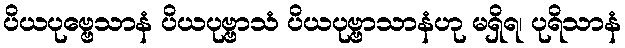
ပိယပုဗ္ဗေသာနံ ပိယပုဗ္ဗာသံ ပိယပုဗ္ဗာသာနံဟု မရှိရ၊ ပုရိသာနံ